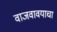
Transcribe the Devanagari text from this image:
वाजवावयाचा